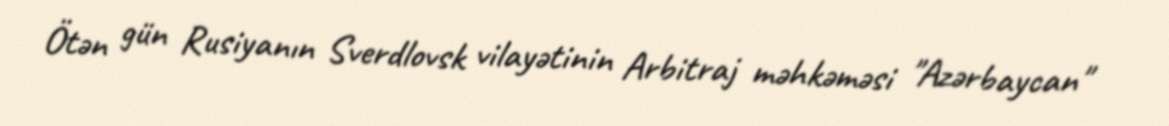
Ötən gün Rusiyanın Sverdlovsk vilayətinin Arbitraj məhkəməsi "Azərbaycan"